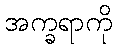
အက္ခရာကို